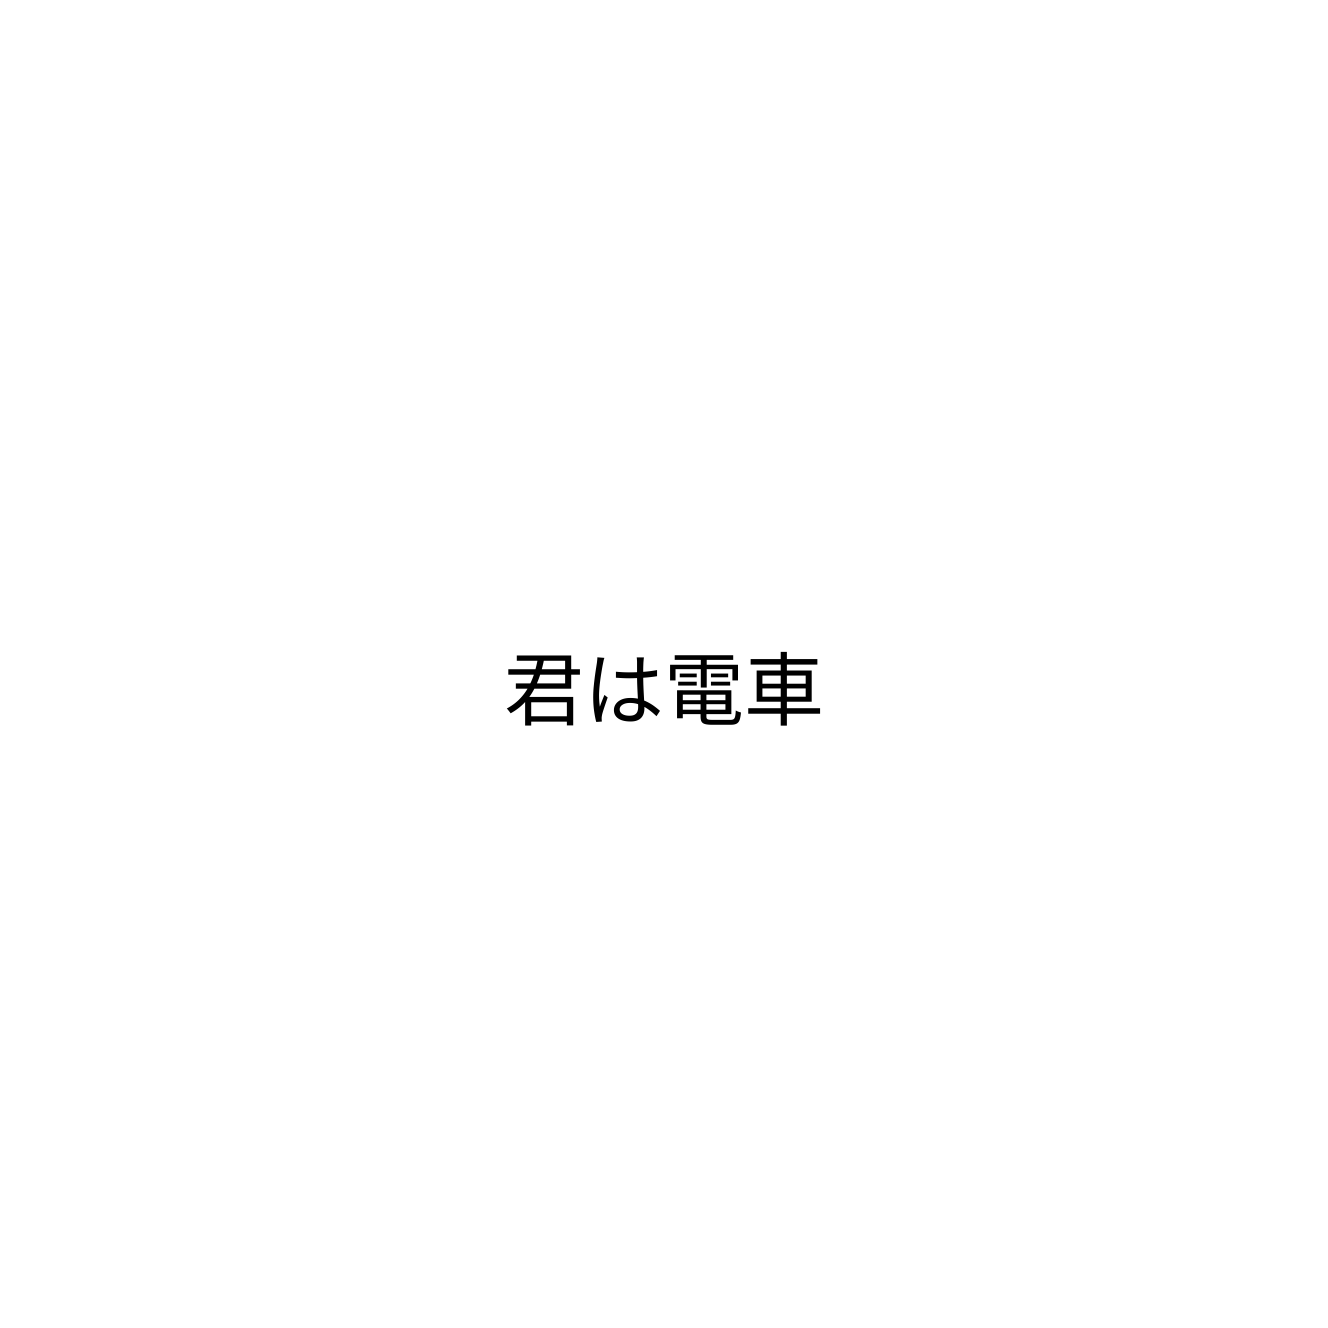
君は電車